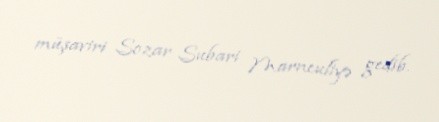
müşaviri Sozar Subari Marneuliyə gedib.